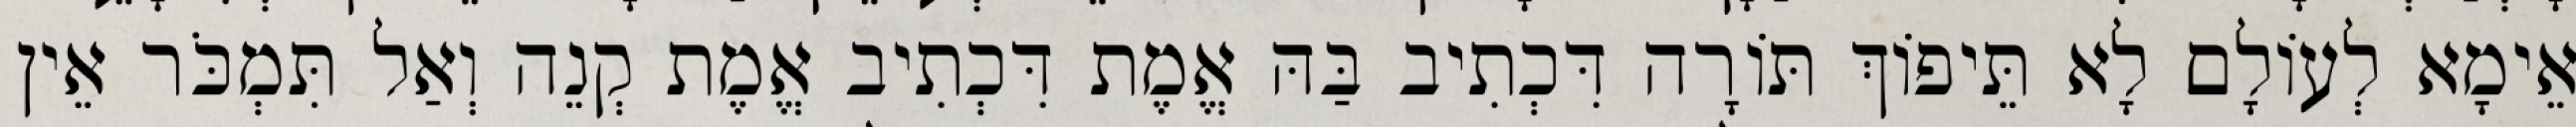
אֵימָא לְעוֹלָם לָא תֵּיפוֹךְ תּוֹרָה דִּכְתִיב בַּהּ אֱמֶת דִּכְתִיב אֱמֶת קְנֵה וְאַל תִּמְכֹּר אֵין